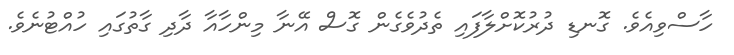
ހާސްވިއެވެ. ގޮނޑި ދުރުކޮށްލާފައި ތެދުވެގެން ގޮސް އޭނާ މިންހާއާ ދާދި ގާތުގައި ހުއްޓުނެވެ.